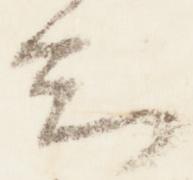
知